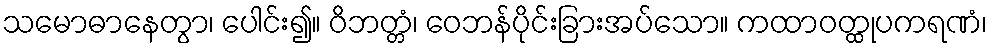
သမောဓာနေတွာ၊ ပေါင်း၍။ ဝိဘတ္တံ၊ ဝေဘန်ပိုင်းခြားအပ်သော။ ကထာဝတ္ထုပကရဏံ၊